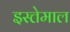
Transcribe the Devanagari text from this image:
इस्त्तेमाल